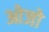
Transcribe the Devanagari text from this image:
ओजो